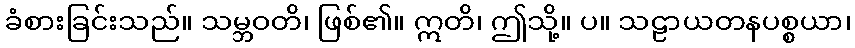
ခံစားခြင်းသည်။ သမ္ဘဝတိ၊ ဖြစ်၏။ ဣတိ၊ ဤသို့။ ပ။ သဠာယတနပစ္စယာ၊